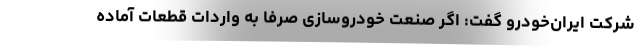
شرکت ایران‌خودرو گفت: اگر صنعت خودروسازی صرفا به واردات قطعات آماده